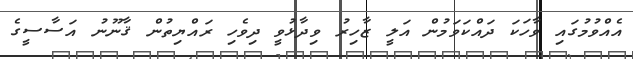
އެއްވުމުގައި ވާހަކަ ދައްކަވަމުން އަލީ ޒާހިރު ވިދާޅުވީ ދިވެހި ރައްޔިތުން ޤާނޫނު އަސާސީގެ